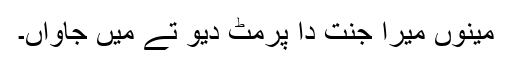
مینوں میرا جنت دا پرمٹ دیو تے میں جاواں۔